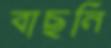
বাছনি